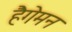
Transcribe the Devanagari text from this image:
हैगेमन